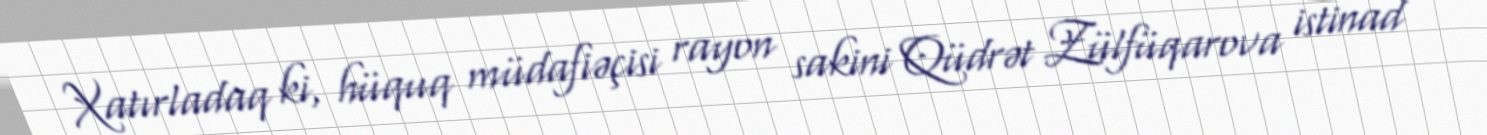
Xatırladaq ki, hüquq müdafiəçisi rayon sakini Qüdrət Zülfüqarova istinad